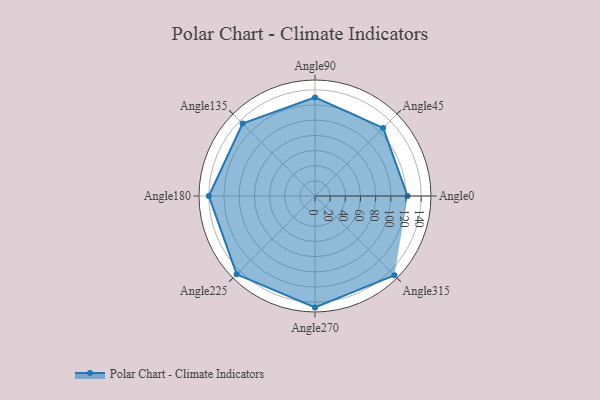
{"axis": {"x": "Angle", "y": "Radius"}, "legend": [""], "data": [{"x": "Angle0", "y": 122.0, "type": ""}, {"x": "Angle45", "y": 127.0, "type": ""}, {"x": "Angle90", "y": 130.0, "type": ""}, {"x": "Angle135", "y": 135.0, "type": ""}, {"x": "Angle180", "y": 140.0, "type": ""}, {"x": "Angle225", "y": 146.0, "type": ""}, {"x": "Angle270", "y": 147.0, "type": ""}, {"x": "Angle315", "y": 148.0, "type": ""}]}